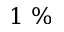
1 \ \%